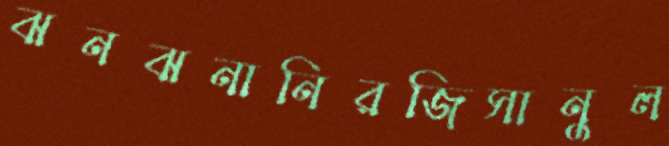
ঝনঝনানিরজিসানুল